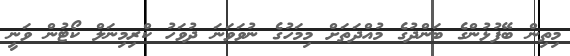
މިތިން ބޭފުޅުންގެ ބަންދުގެ މުއްދަތަށް މިމަހުގެ ނުވަވަނަ ދުވަހު ކްރިމިނަލް ކޯޓުން ވަނީ